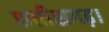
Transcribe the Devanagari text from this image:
छत्तीसगढ़।